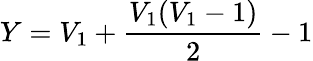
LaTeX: Y=V_{1}+\frac{V_{1}(V_{1}-1)}{2}-1